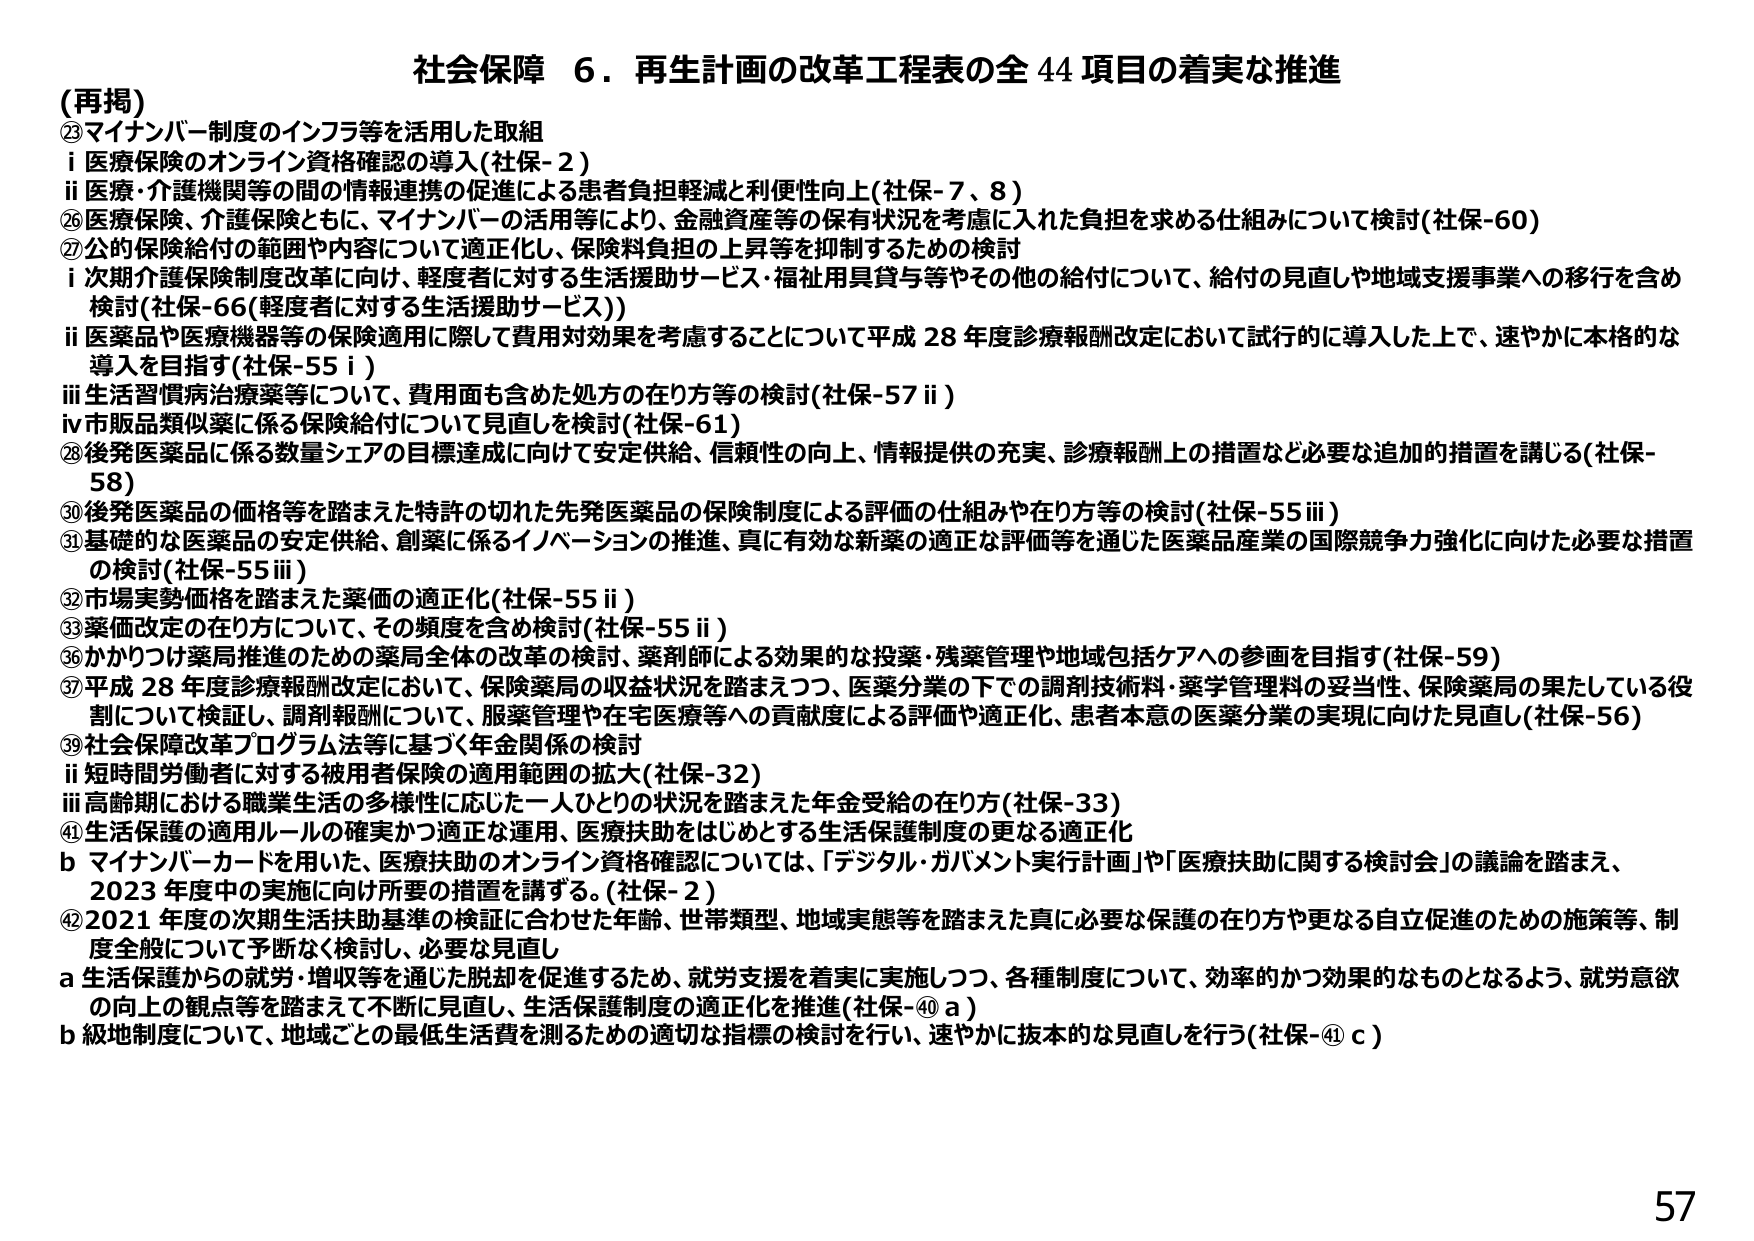
社会保障 6．再生計画の改革工程表の全 44 項目の着実な推進

（再掲）
②マイナンバー制度のインフラ等を活用した取組
i 医療保険のオンライン資格確認の導入（社保-2）
ii 医療・介護機関等の間の情報連携の促進による患者負担軽減と利便性向上（社保-7、8）
⑥医療保険、介護保険ともに、マイナンバーの活用により、金融資産等の保有状況を考慮に入れた負担を求める仕組みについて検討（社保-60）
⑦公的保険給付の範囲や内容について適正化し、保険料負担の上昇等を抑制するための検討
i 次期介護保険制度改革に向け、軽度者に対する生活援助サービス・福祉用具貸与等やその他の給付について、給付の見直しや地域支援事業への移行を含め検討（社保-66（軽度者に対する生活援助サービス））
ii 医薬品や医療機器等の保険適用に際して費用対効果を考慮することについて平成28年度診療報酬改定において試行的に導入した上で、速やかに本格的な導入を目指す（社保-55 i）
iii 生活習慣病治療薬等について、費用面も含めた処方の在り方等の検討（社保-57 ii）
iv 市販品類似薬に係る保険給付について見直しを検討（社保-61）
⑧後発医薬品に係る数量シェアの目標達成に向けて安定供給、信頼性の向上、情報提供の充実、診療報酬上の措置など必要な追加的措置を講じる（社保-58）
⑩後発医薬品の価格等を踏まえた特許の切れた先発医薬品の保険制度による評価の仕組みや在り方等の検討（社保-55 iii）
⑪基礎的な医薬品の安定供給、創薬に係るイノベーションの推進、真に有効な新薬の適正な評価等を通じた医薬品産業の国際競争力強化に向けた必要な措置の検討（社保-55 iii）
⑫市場実勢価格を踏まえた薬価の適正化（社保-55 ii）
⑬薬価改定の在り方について、その頻度を含め検討（社保-55 ii）
⑯かかりつけ薬局推進のための薬局全体の改革の検討、薬剤師による効果的な投薬・残薬管理や地域包括ケアへの参画を目指す（社保-59）
⑰平成28年度診療報酬改定において、保険薬局の収益状況を踏まえつつ、医薬分業の下での調剤技術料・薬学管理料の妥当性、保険薬局の果たしている役割について検証し、調剤報酬について、服薬管理や在宅医療等への貢献度による評価や適正化、患者本意の医薬分業の実現に向けた見直し（社保-56）
⑲社会保障改革プログラム法等に基づく年金関係の検討
ii 短時間労働者に対する被用者保険の適用範囲の拡大（社保-32）
iii 高齢期における職業生活の多様性に応じた一人ひとりの状況を踏まえた年金受給の在り方（社保-33）
⑭生活保護の適用ルールの確実かつ適正な運用、医療扶助をはじめとする生活保護制度の更なる適正化
b マイナンバーカードを用いた、医療扶助のオンライン資格確認については、「デジタル・ガバメント実行計画」や「医療扶助に関する検討会」の議論を踏まえ、2023年度中の実施に向け所要の措置を講ずる。（社保-2）
⑫2021年度の次期生活扶助基準の検証に合わせた年齢、世帯類型、地域実態等を踏まえた真に必要な保護の在り方や更なる自立促進のための施策等、制度全般について予断なく検討し、必要な見直し
a 生活保護からの就労・増収等を通じた脱却を促進するため、就労支援を着実に実施しつつ、各種制度について、効率的かつ効果的なものとなるよう、就労意欲の向上の観点等を踏まえて不断に見直し、生活保護制度の適正化を推進（社保-⑭ a）
b 級地制度について、地域ごとの最低生活費を測るための適切な指標の検討を行い、速やかに抜本的な見直しを行う（社保-⑭ c）

57